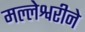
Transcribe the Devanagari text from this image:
मल्लेश्वरीने